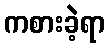
ကစားခဲ့ရာ